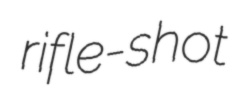
rifle-shot